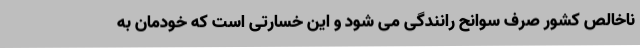
ناخالص کشور صرف سوانح رانندگی می شود و این خسارتی است که خودمان به